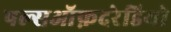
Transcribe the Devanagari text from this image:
पल्सऑफ़दरेडियो